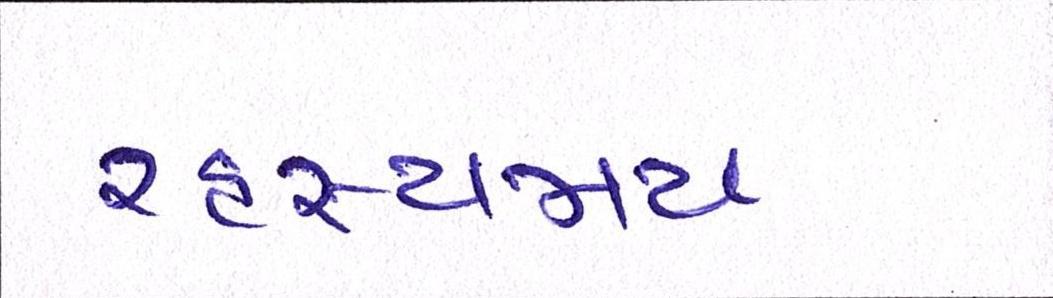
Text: રહસ્યમય